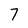
Character: 7